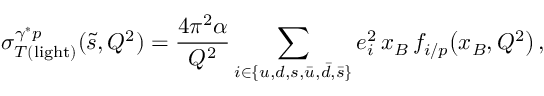
\sigma _ { T ( \mathrm { l i g h t } ) } ^ { \gamma ^ { * } p } ( \tilde { s } , Q ^ { 2 } ) = \frac { 4 \pi ^ { 2 } \alpha } { Q ^ { 2 } } \sum _ { i \in \{ u , d , s , \bar { u } , \bar { d } , \bar { s } \} } e _ { i } ^ { 2 } \, x _ { B } \, f _ { i / p } \! \left( x _ { B } , Q ^ { 2 } \right) ,